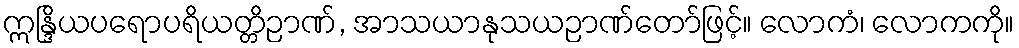
ဣန္ဒြိယပရောပရိယတ္တိဉာဏ်, အာသယာနုသယဉာဏ်တော်ဖြင့်။ လောကံ၊ လောကကို။